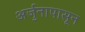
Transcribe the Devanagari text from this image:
अर्जुनापासून